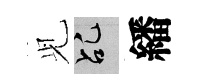
𫤗乩繙